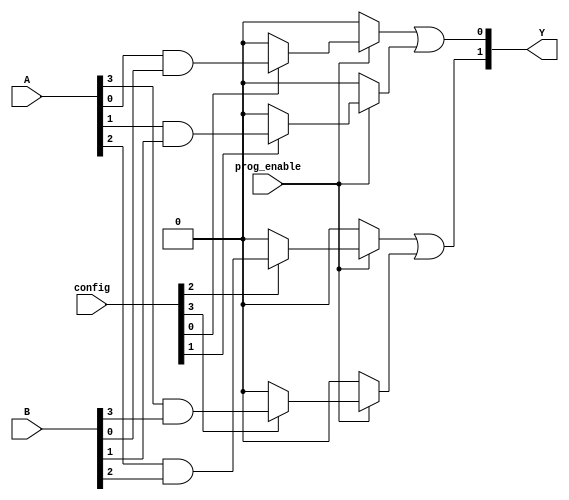
module FlashProgrammablePAL (
    input wire [3:0] A,      // Input lines (A, B, C, D)
    input wire [3:0] B,      // Additional input lines for more complexity
    input wire [3:0] config, // Configuration input for programming AND gates
    input wire prog_enable,   // Programming enable signal
    output wire [1:0] Y      // Output lines (Y1, Y2)
);

// Parameters
parameter NUM_AND_GATES = 4; // Number of AND gates
parameter NUM_OUTPUTS = 2;    // Number of outputs

// Internal signals
wire [NUM_AND_GATES-1:0] and_out; // Outputs from AND gates
wire [NUM_OUTPUTS-1:0] or_out;     // Outputs from OR gates

// Programmable AND array
genvar i;
generate
    for (i = 0; i < NUM_AND_GATES; i = i + 1) begin : and_array
        // Each AND gate can be programmed based on the config input
        assign and_out[i] = (prog_enable) ? 
            (config[i] ? (A[i] & B[i]) : 1'b0) : // AND gate logic
            1'b0; // Disable output if not in programming mode
    end
endgenerate

// Fixed OR array
assign or_out[0] = and_out[0] | and_out[1]; // Y1 = AND0 + AND1
assign or_out[1] = and_out[2] | and_out[3]; // Y2 = AND2 + AND3

// Final outputs
assign Y = or_out;

endmodule